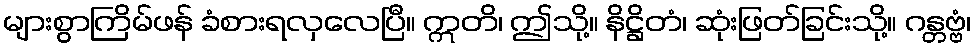
များစွာကြိမ်ဖန် ခံစားရလှလေပြီ။ ဣတိ၊ ဤသို့။ နိဋ္ဌိတံ၊ ဆုံးဖြတ်ခြင်းသို့။ ဂန္တဗ္ဗံ၊